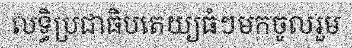
លទ្ធិប្រជាធិបតេយ្យធំៗមកចូលរួម